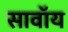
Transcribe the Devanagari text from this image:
सावॉय